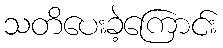
သတိပေးခဲ့ကြောင်း